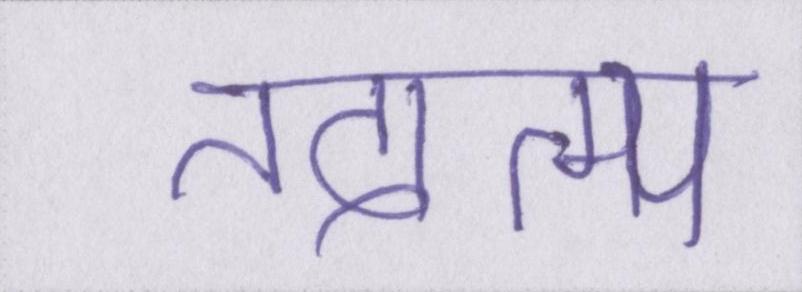
तदात्म्य